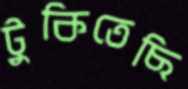
টুকিতেছি